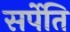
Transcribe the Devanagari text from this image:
सर्पेति